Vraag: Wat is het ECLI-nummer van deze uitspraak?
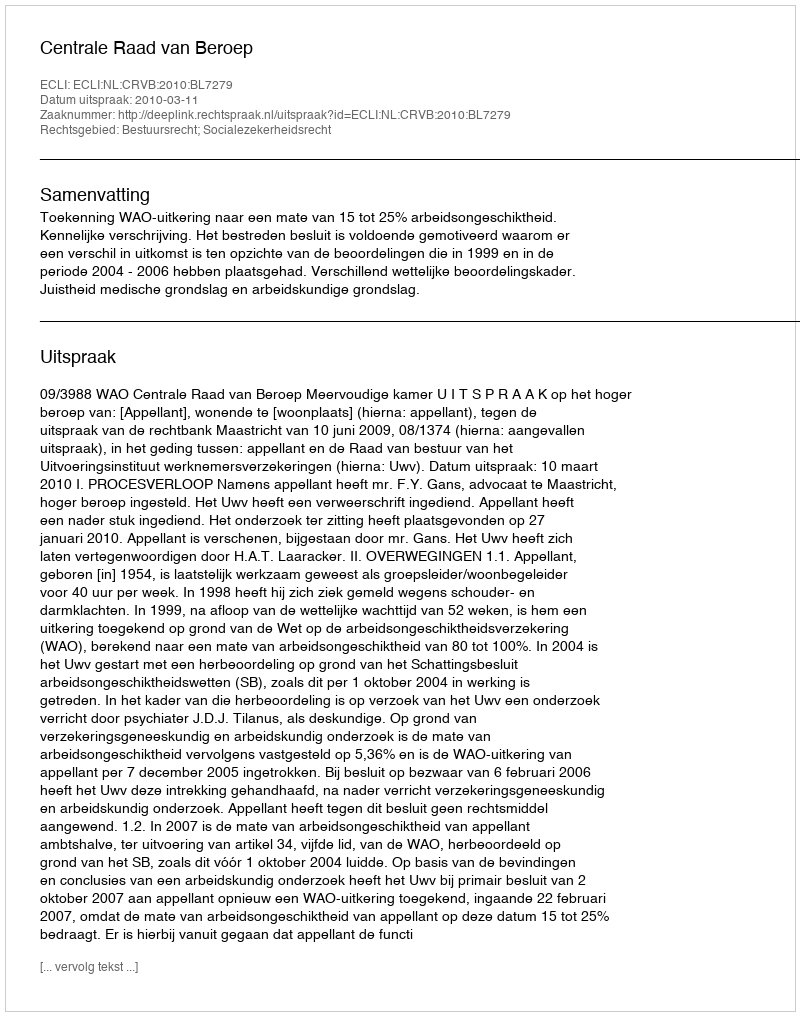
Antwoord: ECLI:NL:CRVB:2010:BL7279